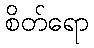
စိတ်ရော